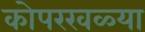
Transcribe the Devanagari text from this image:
कोपरखळ्या